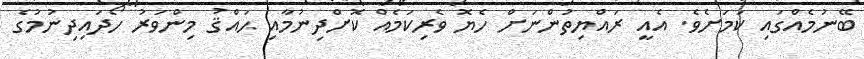
ބޭނުމެއްގައި ކަމަށެވެ. އެއީ ރައްޔިތުންނަށް ހެޔޮ ވެރިކަމެއް ކޮށްދިނުމާއި ޙައްޤު މިންވަރު ހޯދައިދިނުމުގެ